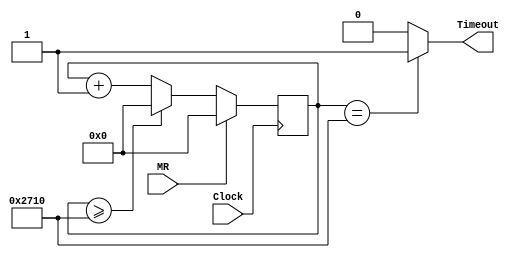
`timescale 1ns / 1ps
//////////////////////////////////////////////////////////////////////////////////
// CM Box: 			 1608 & 1876
//
// Module Name:    DelayLoop
// Description:
//
// Divide a high frequency square wave to generate a lower frequency square wave.
//
//////////////////////////////////////////////////////////////////////////////////

module DelayLoop(MR,Timeout,Clock) ;
parameter	Divider = 10000;	//delay time in number of clock cycles
parameter 	NumberOfBits = 27;
input			MR, Clock;
output reg	Timeout;
reg 	[NumberOfBits-1:0]	count;
	
always @ (count)
	if(count==Divider) Timeout<=1;
	else Timeout<=0;
	
always @ (posedge Clock)
	if(MR==1)		begin count <= 0; end
	else if (count>=Divider)	count<=0;
		else count <= count+1'b1;
endmodule